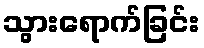
သွားရောက်ခြင်း